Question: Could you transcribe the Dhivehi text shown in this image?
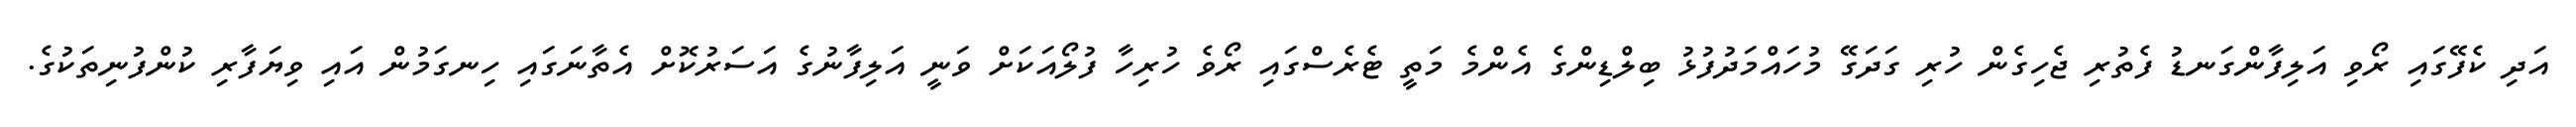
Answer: އަދި ކެފޭގައި ރޯވި އަލިފާންގަނޑު ފެތުރި ޖެހިގެން ހުރި ގަދަގޭ މުހައްމަދުފުޅު ބިލްޑިންގެ އެންމެ މަތީ ޓެރެސްގައި ރޯވެ ހުރިހާ ފުލޯއަކަށް ވަނީ އަލިފާނުގެ އަސަރުކޮށް އެތާނަގައި ހިނގަމުން އައި ވިޔަފާރި ކުންފުނިތަކުގެ.